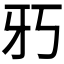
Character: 𱭢